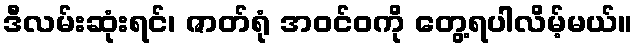
ဒီလမ်းဆုံးရင်၊ ဇာတ်ရုံ အဝင်ဝကို တွေ့ရပါလိမ့်မယ်။